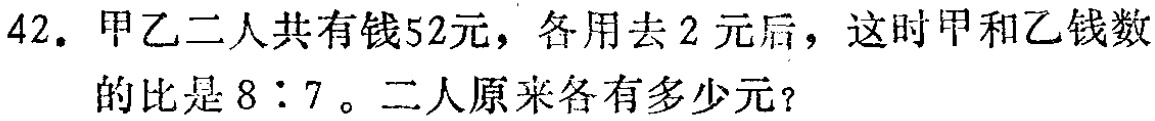
42. 甲乙二人共有钱52元，各用去2元后，这时甲和乙钱数的比是8：7。二人原来各有多少元？